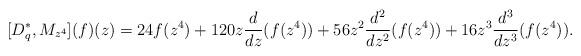
LaTeX: \begin{align*} [D^{*}_{q},M_{z^4}](f)(z)=24f(z^4)+120z\frac{d}{dz}(f(z^4))+56z^2\frac{d^2}{dz^2}(f(z^4))+16 z^3\frac{d^3}{dz^3}(f(z^4)).\\ \end{align*}